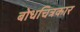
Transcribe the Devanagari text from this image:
बोधचित्रकार